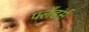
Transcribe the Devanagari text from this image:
फ्लँडर्स